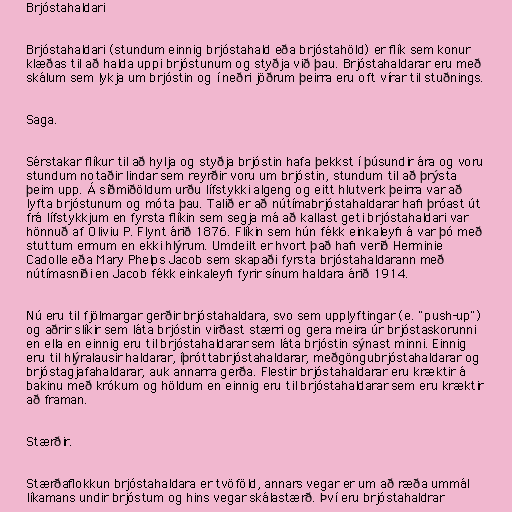
Brjóstahaldari

Brjóstahaldari (stundum einnig brjóstahald eða brjóstahöld) er flík sem konur
klæðas til að halda uppi brjóstunum og styðja við þau. Brjóstahaldarar eru með
skálum sem lykja um brjóstin og í neðri jöðrum þeirra eru oft vírar til stuðnings.

Saga.

Sérstakar flíkur til að hylja og styðja brjóstin hafa þekkst í þúsundir ára og voru
stundum notaðir lindar sem reyrðir voru um brjóstin, stundum til að þrýsta
þeim upp. Á síðmiðöldum urðu lífstykki algeng og eitt hlutverk þeirra var að
lyfta brjóstunum og móta þau. Talið er að nútímabrjóstahaldarar hafi þróast út
frá lífstykkjum en fyrsta flíkin sem segja má að kallast geti brjóstahaldari var
hönnuð af Oliviu P. Flynt árið 1876. Flíkin sem hún fékk einkaleyfi á var þó með
stuttum ermum en ekki hlýrum. Umdeilt er hvort það hafi verið Herminie
Cadolle eða Mary Phelps Jacob sem skapaði fyrsta brjóstahaldarann með
nútímasniði en Jacob fékk einkaleyfi fyrir sínum haldara árið 1914.

Nú eru til fjölmargar gerðir brjóstahaldara, svo sem upplyftingar (e. "push-up")
og aðrir slíkir sem láta brjóstin virðast stærri og gera meira úr brjóstaskorunni
en ella en einnig eru til brjóstahaldarar sem láta brjóstin sýnast minni. Einnig
eru til hlýralausir haldarar, íþróttabrjóstahaldarar, meðgöngubrjóstahaldarar og
brjóstagjafahaldarar, auk annarra gerða. Flestir brjóstahaldarar eru kræktir á
bakinu með krókum og höldum en einnig eru til brjóstahaldarar sem eru kræktir
að framan.

Stærðir.

Stærðaflokkun brjóstahaldara er tvöföld, annars vegar er um að ræða ummál
líkamans undir brjóstum og hins vegar skálastærð. Því eru brjóstahaldrar